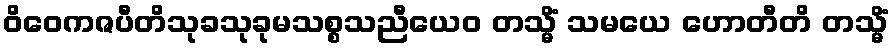
ဝိဝေကဇပီတိသုခသုခုမသစ္စသညီယေဝ တသ္မိံ သမယေ ဟောတီတိ တသ္မိံ